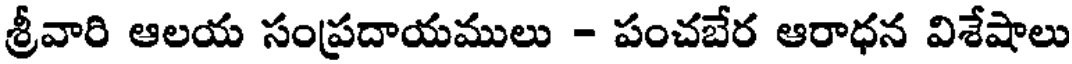
శ్రీవారి ఆలయ సంప్రదాయములు - పంచబేర ఆరాధన విశేషాలు